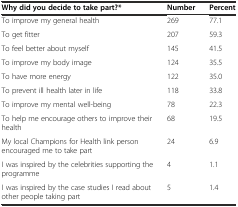
<table><thead><tr><td><b>Why did you decide to take part?*</b></td><td><b>Number</b></td><td><b>Percent</b></td></tr></thead><tbody><tr><td>To improve my general health</td><td>269</td><td>77.1</td></tr><tr><td>To get fitter</td><td>207</td><td>59.3</td></tr><tr><td>To feel better about myself</td><td>145</td><td>41.5</td></tr><tr><td>To improve my body image</td><td>124</td><td>35.5</td></tr><tr><td>To have more energy</td><td>122</td><td>35.0</td></tr><tr><td>To prevent ill health later in life</td><td>118</td><td>33.8</td></tr><tr><td>To improve my mental well-being</td><td>78</td><td>22.3</td></tr><tr><td>To help me encourage others to improve their health</td><td>68</td><td>19.5</td></tr><tr><td>My local Champions for Health link person encouraged me to take part</td><td>24</td><td>6.9</td></tr><tr><td>I was inspired by the celebrities supporting the programme</td><td>4</td><td>1.1</td></tr><tr><td>I was inspired by the case studies I read about other people taking part</td><td>5</td><td>1.4</td></tr></tbody></table>